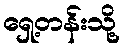
ရှေ့တန်းသို့